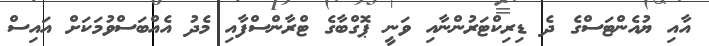
އާއި ޔުއެންޓަސްގެ ދެ ޑިރިކްޓަރުންނާއި ވަނީ ޕޮގްބާގެ ޓްރާންސްފާއި މެދު އެއްބަސްވުމަކަށް އައިސް